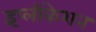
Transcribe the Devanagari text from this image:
इंप्लीकेशन